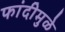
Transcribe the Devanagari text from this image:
फांदीमुळे